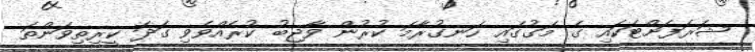
ޝަރަފަށްޓަކައި ގެ މަގުގައި ހަނގުރާމަ ކުރުން ވާޖިބު ކުރެއްވެވި ގަދަ ކީރިތިވަންތަ